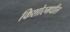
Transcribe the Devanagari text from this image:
किशोरमधील